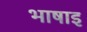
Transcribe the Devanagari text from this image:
भाषाइ